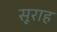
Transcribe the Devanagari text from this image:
सूराह